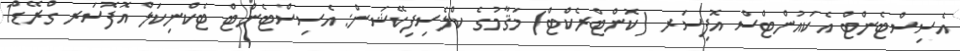
އެސިސްޓެންޓް އެކައުންޓްސް އޮފިސަރ (ކޮންޓްރެކްޓް) މަޤާމުގެ ކްލެސިފިކޭޝަން: އެސިސްޓެންޓް ޓެކްނިކަލް އޮފޮސަރ ގްރޭޑް1